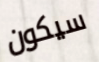
سيكون